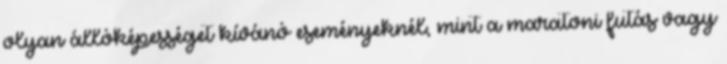
olyan állóképességet kívánó eseményeknél, mint a maratoni futás vagy